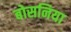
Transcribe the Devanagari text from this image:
बोसनिया